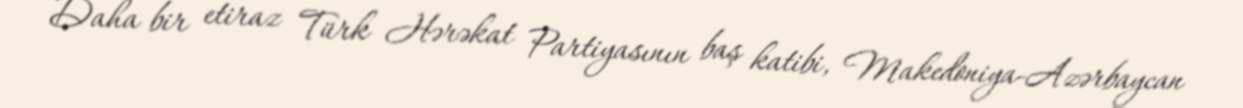
Daha bir etiraz Türk Hərəkat Partiyasının baş katibi, Makedoniya-Azərbaycan